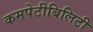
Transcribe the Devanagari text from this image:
कमपेटीबिलिटी